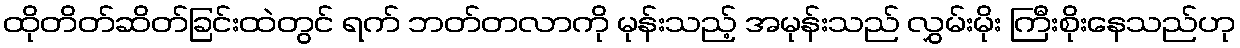
ထိုတိတ်ဆိတ်ခြင်းထဲတွင် ရက် ဘတ်တလာကို မုန်းသည့် အမုန်းသည် လွှမ်းမိုး ကြီးစိုးနေသည်ဟု